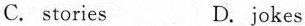
C. stories D. Jokes